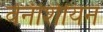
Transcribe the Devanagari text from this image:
वेनीशीयन